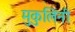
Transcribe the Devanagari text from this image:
मुकुलिनी